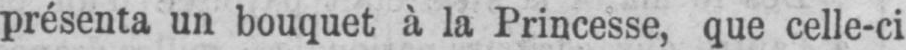
présenta un bouquet à la Princesse, que celle-ci